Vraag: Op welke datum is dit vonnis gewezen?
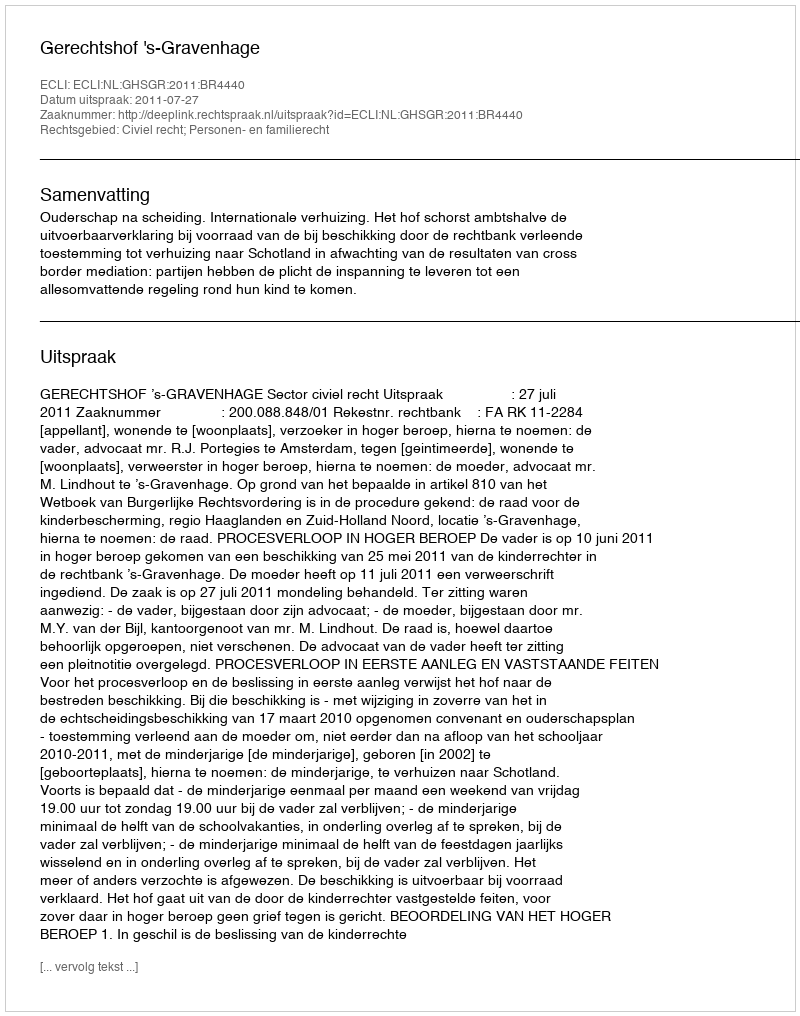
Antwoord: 2011-07-27